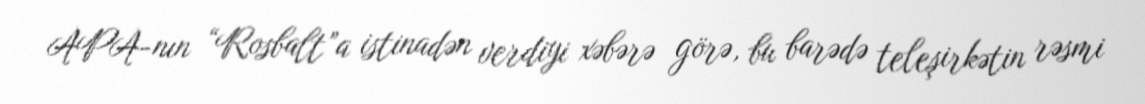
APA-nın “Rosbalt”a istinadən verdiyi xəbərə görə, bu barədə teleşirkətin rəsmi